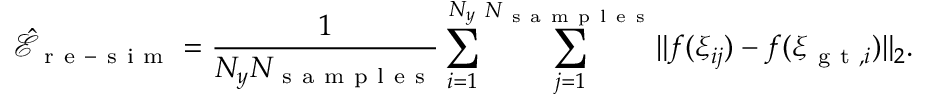
\hat { \mathcal { E } } _ { \mathrm { ~ r ~ e ~ - ~ s ~ i ~ m ~ } } = \frac { 1 } { N _ { y } N _ { \mathrm { ~ s ~ a ~ m ~ p ~ l ~ e ~ s ~ } } } \sum _ { i = 1 } ^ { N _ { y } } \sum _ { j = 1 } ^ { N _ { \mathrm { ~ s ~ a ~ m ~ p ~ l ~ e ~ s ~ } } } \lVert f ( \xi _ { i j } ) - f ( \xi _ { \mathrm { ~ g ~ t ~ } , i } ) \rVert _ { 2 } .